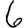
Digit: 6